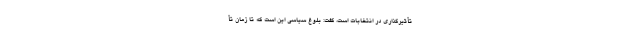
تأثیرگذاری در انتخابات است، گفت: بلوغ سیاسی این است که تا زمان تأ